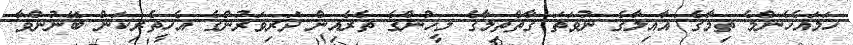
ހަމައެހެންމެ ތިމާގެ އާއިލާގެ ނުވަތަ ގާތްތިމާގެ މީހުންގެ ތެރެއިިން ދަރިވަރުންގެ އެހީތެރިކަން ބޭނުންވާ